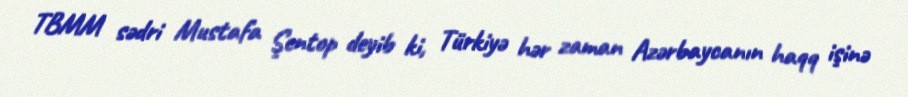
TBMM sədri Mustafa Şentop deyib ki, Türkiyə hər zaman Azərbaycanın haqq işinə